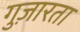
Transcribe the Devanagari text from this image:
गुज़ारता